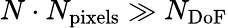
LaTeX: N\cdot N_{\mathrm{pixels}}\gg N_{\mathrm{DoF}}